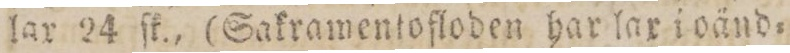
lar 24 ſk., (Sakramentofloden har lax i oänd=